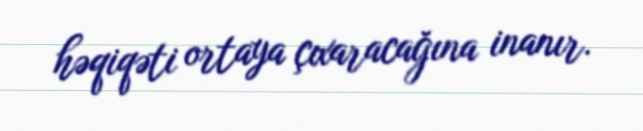
həqiqəti ortaya çıxaracağına inanır.